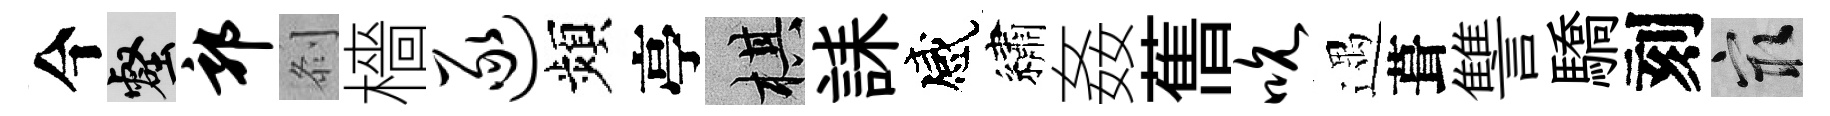
今壑郭𠛴檣逐頻亭棋誄感繡姦𦾔吮遇葺讐驕刻冣